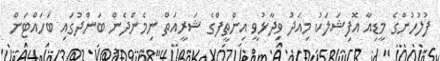
ފުލުހުންގެ މީޑިއާ އޮފިޝަލަކު މިއަދު ވިދާޅުވީ އިންތީފްގެ ޝަރީއަތް ނިމެންދެން ބަންދުގައި ބަހައްޓަން